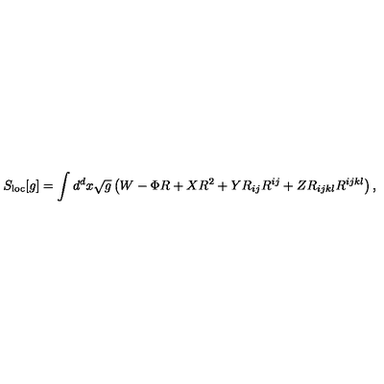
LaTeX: S _ { \mathrm { l o c } } [ g ] = \int d ^ { d } x \sqrt { g } \left( W - \Phi R + X R ^ { 2 } + Y R _ { i j } R ^ { i j } + Z R _ { i j k l } R ^ { i j k l } \right) ,